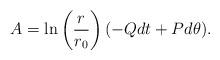
LaTeX: \begin{align*}A = \ln \left( \frac{r}{r_0} \right) (- Q dt + P d\theta).\end{align*}